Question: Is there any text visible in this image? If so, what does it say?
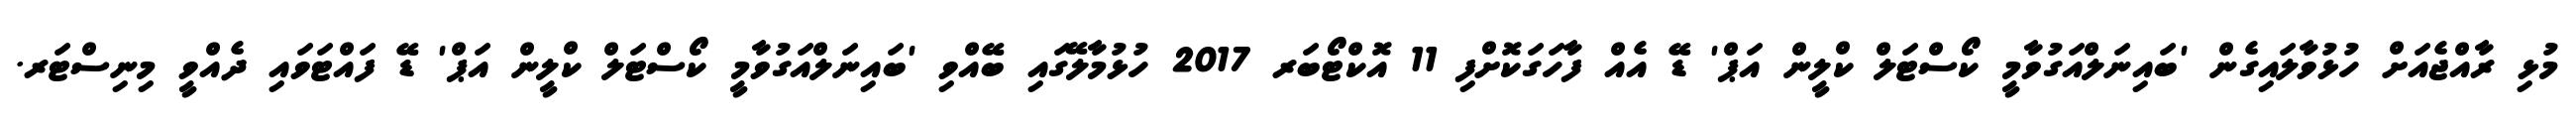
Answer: މުޅި ރާއްޖެއަށް ހުޅުވާލައިގެން 'ބައިނަލްއަގުވާމީ ކޯސްޓަލް ކްލީން އަޕް' ޑޭ އެއް ފާހަގަކޮށްފި 11 އޮކްޓޯބަރ 2017 ހުޅުމާލޭގައި ބޭއްވި 'ބައިނަލްއަގުވާމީ ކޯސްޓަލް ކްލީން އަޕް' ޑޭ ފައްޓަވައި ދެއްވީ މިނިސްޓަރ.